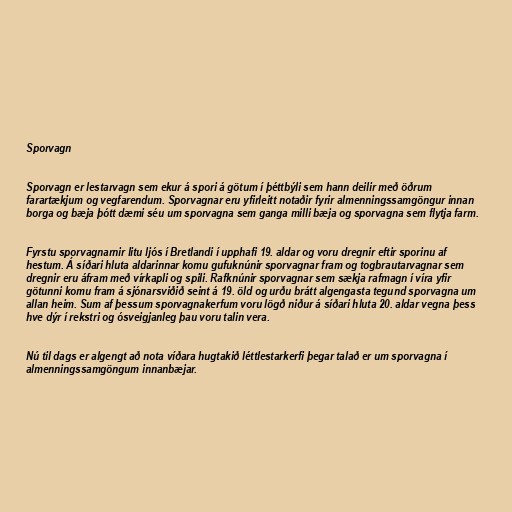
Sporvagn

Sporvagn er lestarvagn sem ekur á spori á götum í þéttbýli sem hann deilir með öðrum
farartækjum og vegfarendum. Sporvagnar eru yfirleitt notaðir fyrir almenningssamgöngur innan
borga og bæja þótt dæmi séu um sporvagna sem ganga milli bæja og sporvagna sem flytja farm.

Fyrstu sporvagnarnir litu ljós í Bretlandi í upphafi 19. aldar og voru dregnir eftir sporinu af
hestum. Á síðari hluta aldarinnar komu gufuknúnir sporvagnar fram og togbrautarvagnar sem
dregnir eru áfram með vírkapli og spili. Rafknúnir sporvagnar sem sækja rafmagn í víra yfir
götunni komu fram á sjónarsviðið seint á 19. öld og urðu brátt algengasta tegund sporvagna um
allan heim. Sum af þessum sporvagnakerfum voru lögð niður á síðari hluta 20. aldar vegna þess
hve dýr í rekstri og ósveigjanleg þau voru talin vera.

Nú til dags er algengt að nota víðara hugtakið léttlestarkerfi þegar talað er um sporvagna í
almenningssamgöngum innanbæjar.